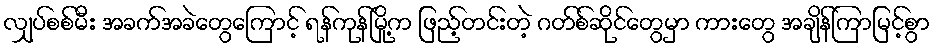
လျှပ်စစ်မီး အခက်အခဲတွေကြောင့် ရန်ကုန်မြို့က ဖြည့်တင်းတဲ့ ဂတ်စ်ဆိုင်တွေမှာ ကားတွေ အချိန်ကြာမြင့်စွာ